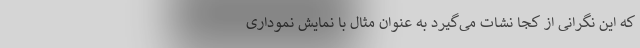
که این نگرانی از کجا نشات می‌گیرد به عنوان مثال با نمایش نموداری